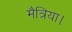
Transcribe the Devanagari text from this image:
मैत्रिया।